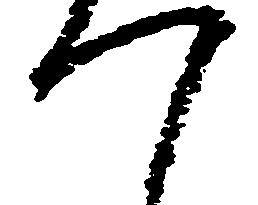
つ